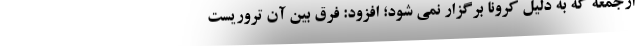
ازجمعه که به دلیل کرونا برگزار نمی شود؛ افزود: فرق بین آن تروریست